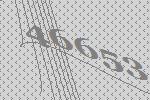
46653